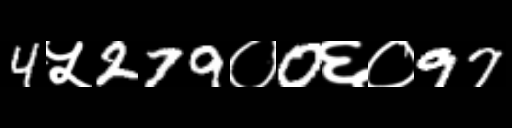
Text: 4५279०0६०97